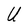
Character: U